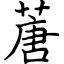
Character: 蓎